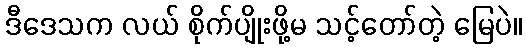
ဒီဒေသက လယ် စိုက်ပျိုးဖို့မ သင့်တော်တဲ့ မြေပဲ။